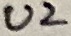
Text: U2